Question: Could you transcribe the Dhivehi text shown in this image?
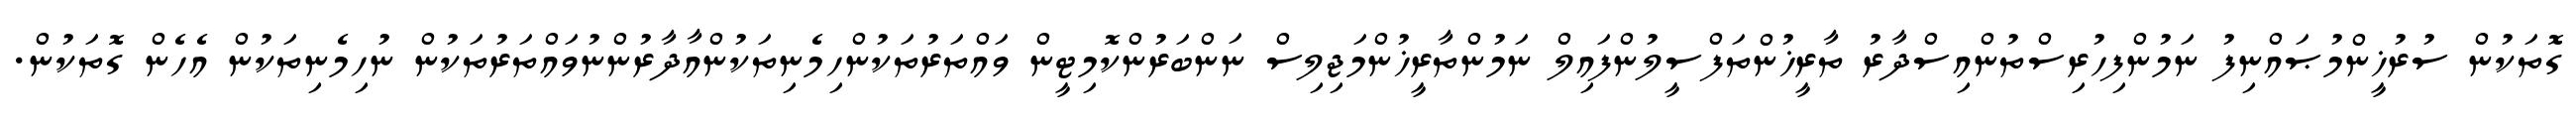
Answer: ގޮތަކުން ސުރުޚީންމުޞައްނިފު ނަމުންފިހުރިސްތުންއިސްދާރު ތާރީޚުންތަފްސީލުންފައިލް ނަމުންތާރީޚުންމަޖިލިސް ނަންބަރުންކޮމިޓީން ވައްތަރުތަކުންހިމެނިތަކުންއާދާރުންނުވައްތަރުތަކުން ނުހިމެނިތަކުން އެހެން ގޮތަކުން.